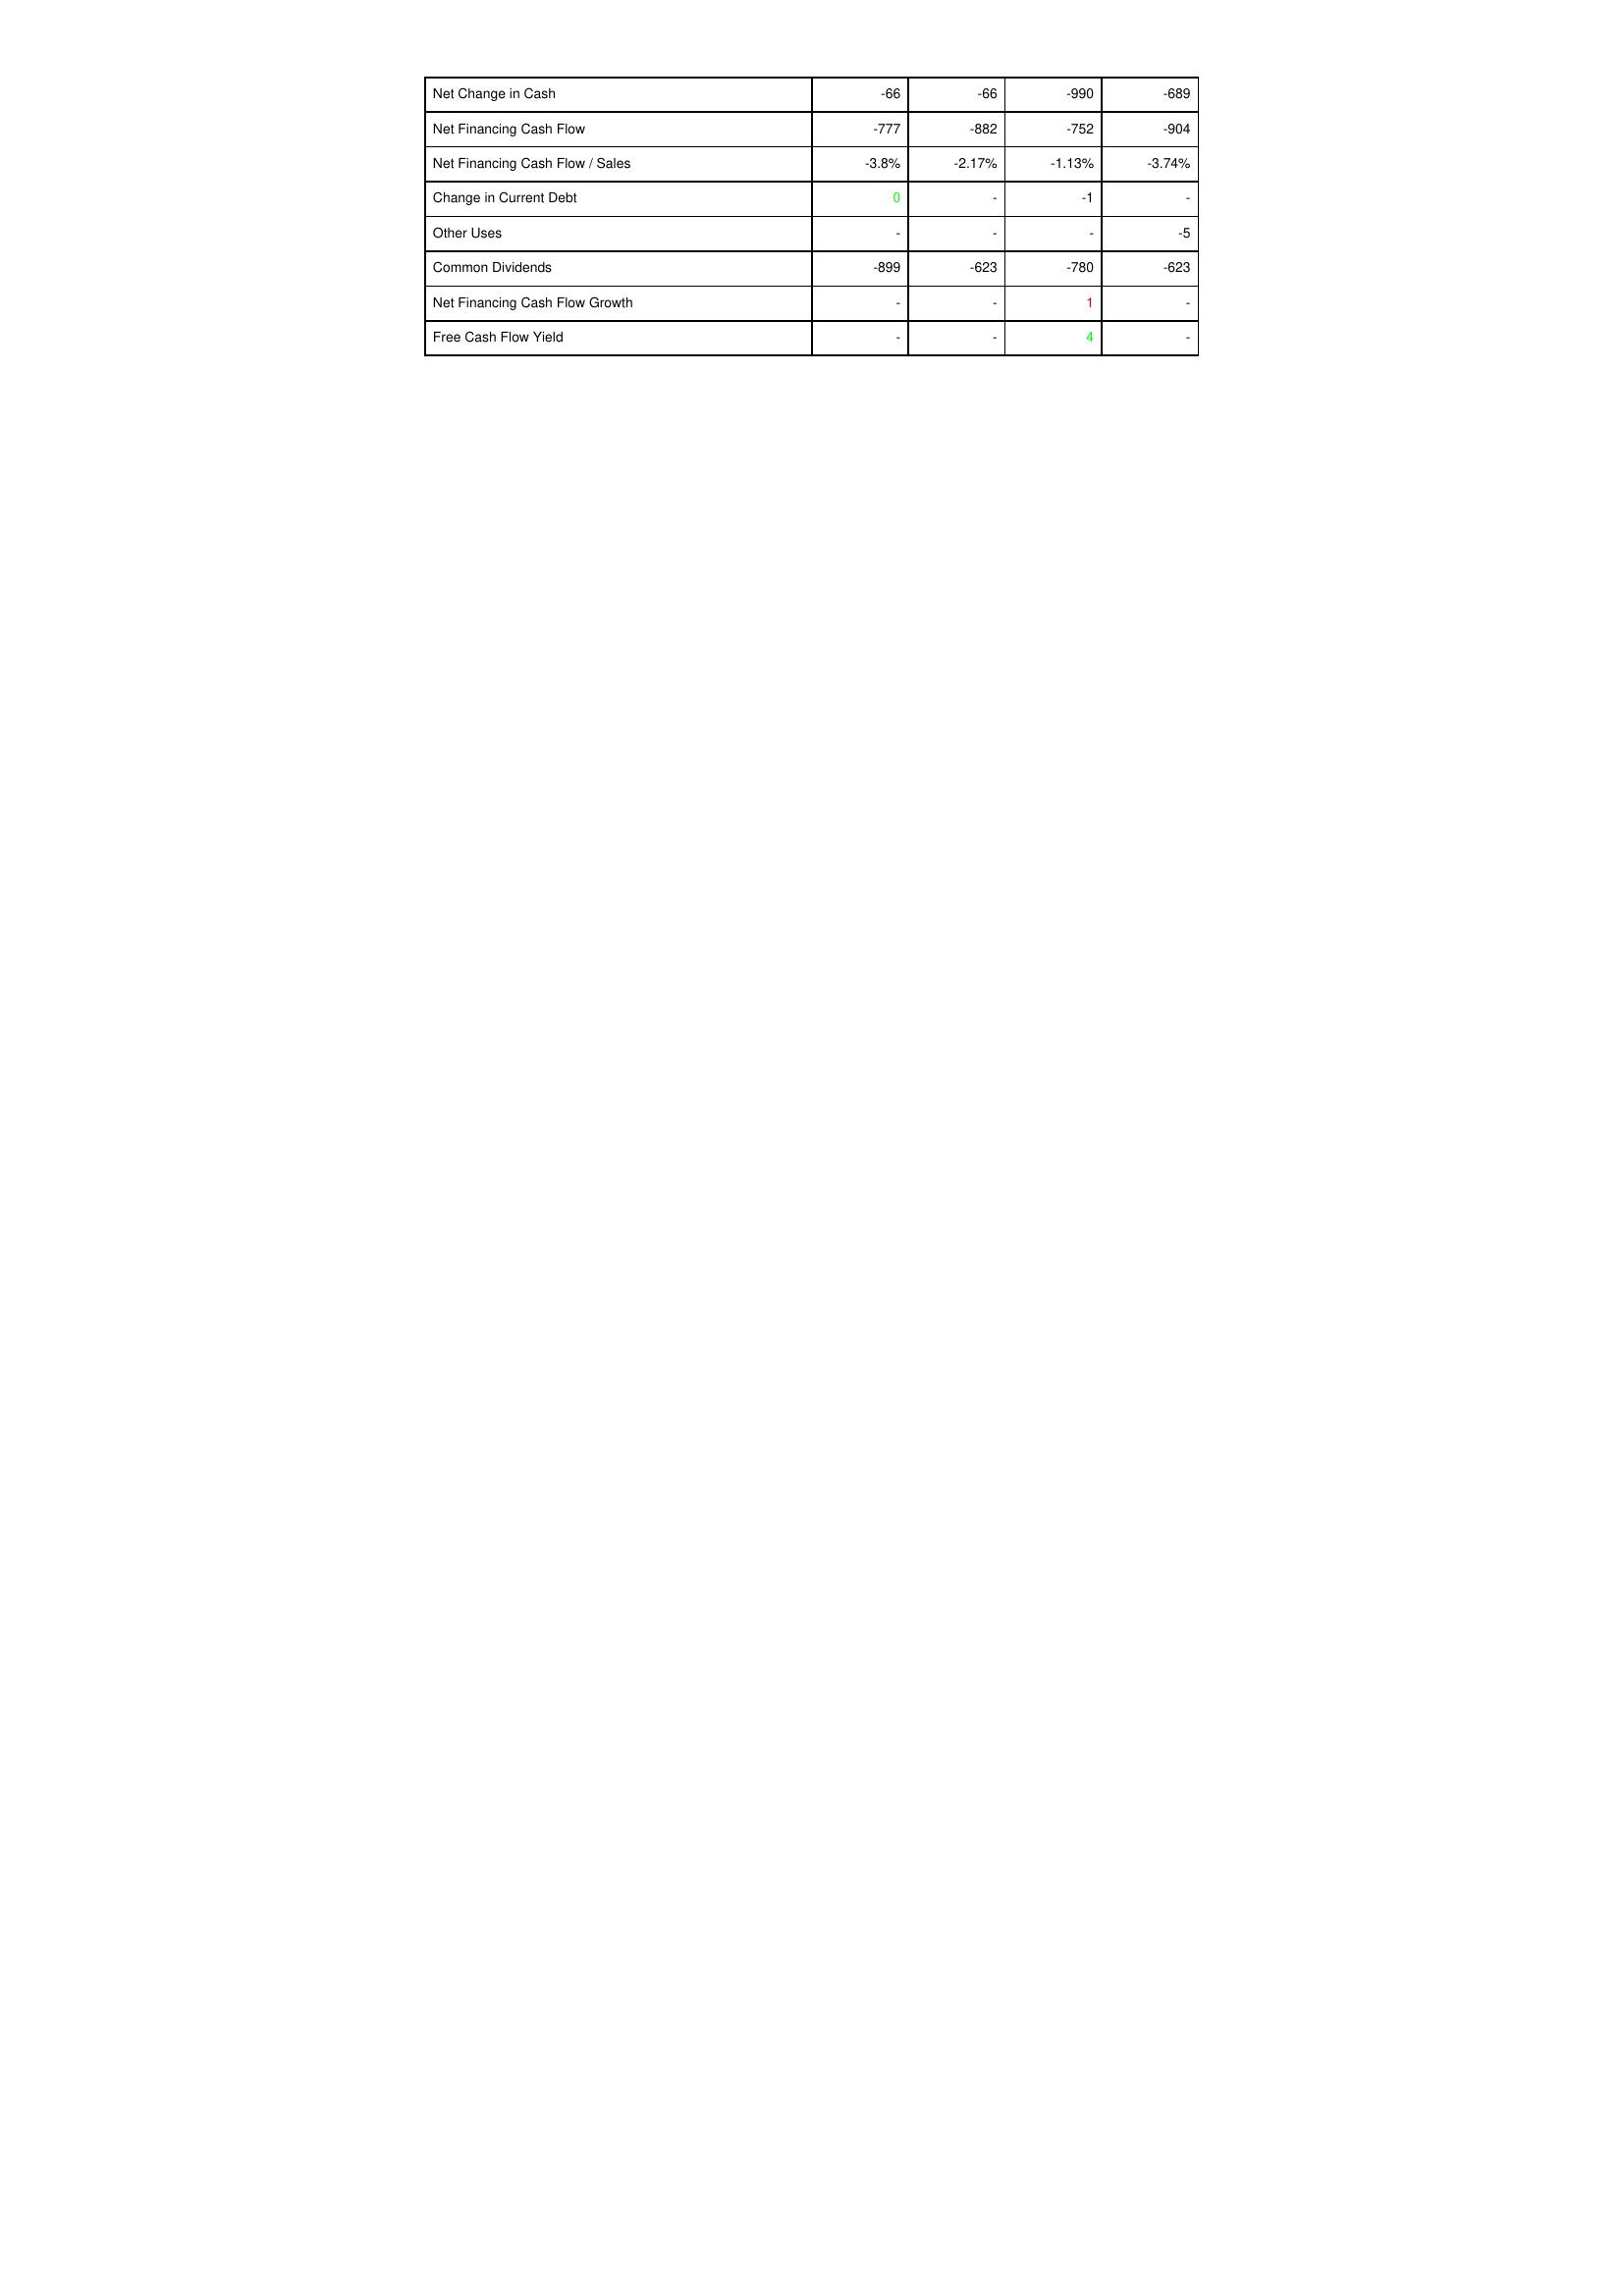
gt_parse: 2004: Financing Activities: Net Change in Cash: -66
Net Financing Cash Flow: -777
Net Financing Cash Flow / Sales: -3.8%
Change in Current Debt: 0
Other Uses: -
Common Dividends: -899
Net Financing Cash Flow Growth: -
Free Cash Flow Yield: -
2003: Financing Activities: Net Change in Cash: -66
Net Financing Cash Flow: -882
Net Financing Cash Flow / Sales: -2.17%
Change in Current Debt: -
Other Uses: -
Common Dividends: -623
Net Financing Cash Flow Growth: -
Free Cash Flow Yield: -
2002: Financing Activities: Net Change in Cash: -990
Net Financing Cash Flow: -752
Net Financing Cash Flow / Sales: -1.13%
Change in Current Debt: -1
Other Uses: -
Common Dividends: -780
Net Financing Cash Flow Growth: 1
Free Cash Flow Yield: 4
2001: Financing Activities: Net Change in Cash: -689
Net Financing Cash Flow: -904
Net Financing Cash Flow / Sales: -3.74%
Change in Current Debt: -
Other Uses: -5
Common Dividends: -623
Net Financing Cash Flow Growth: -
Free Cash Flow Yield: -